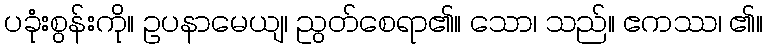
ပခုံးစွန်းကို။ ဥပနာမေယျ၊ ညွတ်စေရာ၏။ သော၊ သည်။ ဧကဿ၊ ၏။